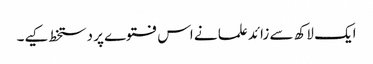
ایک لاکھ سے زائد علما نے اس فتوے پر دستخط کیے۔